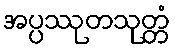
အပ္ပဿုတသုတ္တံ